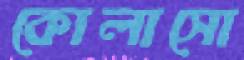
কোলাসো